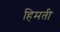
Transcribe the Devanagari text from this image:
हिमती